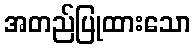
အတည်ပြုထားသော